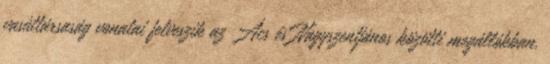
vasúttársaság vonatai felveszik az Ács és Nagyszentjános közötti megállókban.